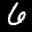
Label: 6